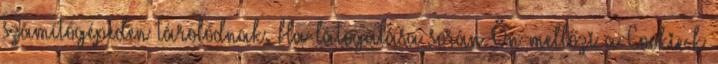
számítógépeden tárolódnak. Ha látogatása során Ön mellőzi a Cookie-k